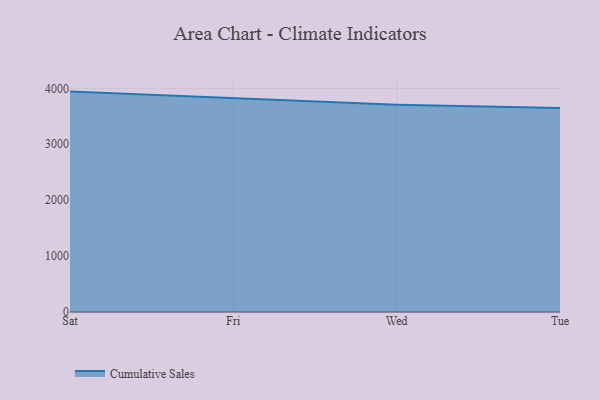
{"axis": {"x": "Day", "y": "Page Views"}, "legend": ["Cumulative Sales"], "data": [{"x": "Sat", "y": 3941.7, "type": "Cumulative Sales"}, {"x": "Fri", "y": 3830.7, "type": "Cumulative Sales"}, {"x": "Wed", "y": 3708.5, "type": "Cumulative Sales"}, {"x": "Tue", "y": 3647.4, "type": "Cumulative Sales"}]}